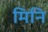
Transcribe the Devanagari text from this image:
मिनि